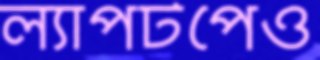
ল্যাপটপেও